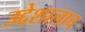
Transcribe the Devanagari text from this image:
उद्देशालाच